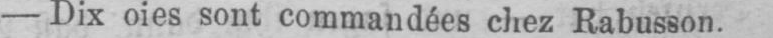
- Dix oies sont commandées chez Rabusson.